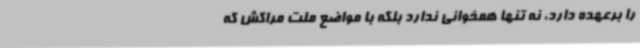
را برعهده دارد، نه تنها همخوانی ندارد بلکه با مواضع ملت مراکش که